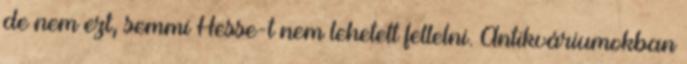
de nem ezt, semmi Hesse-t nem lehetett fellelni. Antikváriumokban